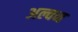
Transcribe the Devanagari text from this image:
अल्वन